Account of plague administration in the Bombay Presidency from September 1896 till May 1897
Year: 1896
Disease focus: Plague
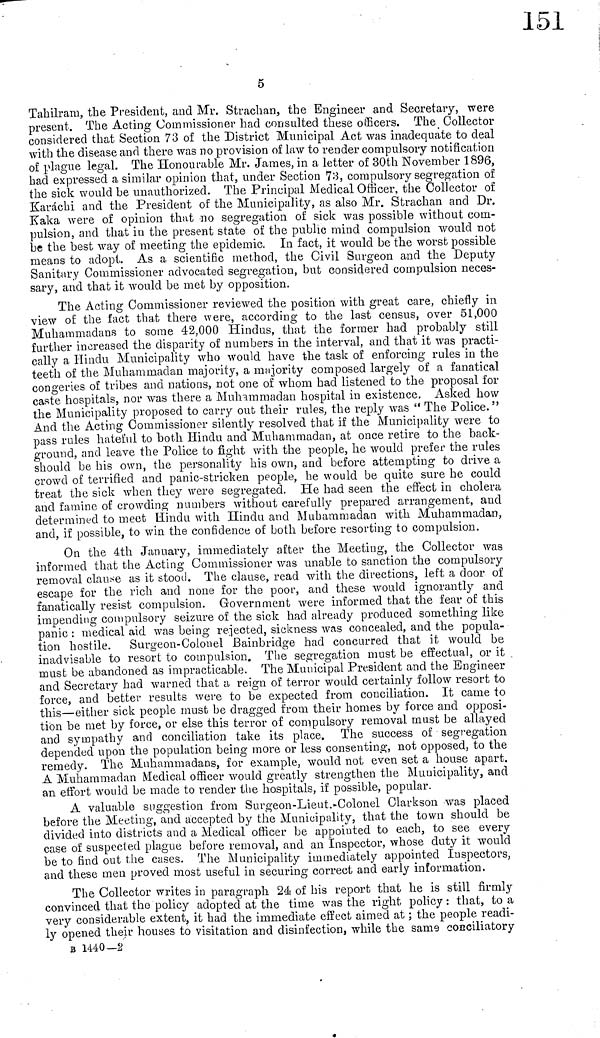
5
Tahilram, the President, and Mr. Strachan, the Engineer and Secretary, were
present. The Acting Commissioner had consulted these officers. The Collector
considered that Section 73 of the District Municipal Act was inadequate to deal
with the disease and there was no provision of law to render compulsory notification
of plague legal. The Honourable Mr. James, in a letter of 30th November 1896,
had expressed a similar opinion that, under Section 73, compulsory segregation of
the sick would be unauthorized. The Principal Medical Officer, the Collector of
Karachi and the President of the Municipality, as also Mr. Strachan and Dr.
Kaka were of opinion that no segregation of sick was possible without com-
pulsion, and that in the present state of the public mind compulsion would not
be the best way of meeting the epidemic. In fact, it would be the worst possible
means to adopt. As a scientific method, the Civil Surgeon and the Deputy
Sanitary Commissioner advocated segregation, but considered compulsion neces-
sary, and that it would be met by opposition.
The Acting Commissioner reviewed the position with great care, chiefly in
view of the fact that there were, according to the last census, over 51,000
Muhammadans to some 42,000 Hindus, that the former had probably still
further increased the disparity of numbers in the interval, and that it was practi-
cally a Hindu Municipality who would have the task of enforcing rules in the
teeth of the Muhammadan majority, a majority composed largely of a fanatical
congeries of tribes and nations, not one of whom had listened to the proposal for
caste hospitals, nor was there a Muhammadan hospital in existence. Asked how
the Municipality proposed to carry out their rules, the reply was " The Police. "
And the Acting Commissioner silently resolved that if the Municipality were to
pass rules hateful to both Hindu and Muhammadan, at once retire to the back-
ground, and leave the Police to fight with the people, he would prefer the rules
should be his own, the personality his own, and before attempting to drive a
crowd of terrified and panic-stricken people, he would be quite sure he could
treat the sick when they were segregated. He had seen the effect in cholera
and famine of crowding numbers without carefully prepared arrangement, and
determined to meet Hindu with Hindu and Muhammadan with Muhammadan,
and, if possible, to win the confidence of both before resorting to compulsion.
On the 4th January, immediately after the Meeting, the Collector was
informed that the Acting Commissioner was unable to sanction the compulsory
removal clause as it stood. The clause, read with the directions, left a door of
escape for the rich and none for the poor, and these would ignorantly and
fanatically resist compulsion. Government were informed that the fear of this
impending compulsory seizure of the sick had already produced something like
panic : medical aid was being rejected, sickness was concealed, and the popula-
tion hostile. Surgeon-Colonel Bainbridge had concurred that it would be
inadvisable to resort to compulsion. The segregation must be effectual, or it
must be abandoned as impracticable. The Municipal President and the Engineer
and Secretary had warned that a reign of terror would certainly follow resort to
force, and better results were to be expected from conciliation. It came to
this—either sick people must be dragged from their homes by force and opposi-
tion be met by force, or else this terror of compulsory removal must be allayed
and sympathy and conciliation take its place. The success of segregation
depended upon the population being more or less consenting, not opposed, to the
remedy. The Muhammadans, for example, would not even set a house apart.
A Muhammadan Medical officer would greatly strengthen the Municipality, and
an effort would be made to render the hospitals, if possible, popular.
A valuable suggestion from Surgeon-Lieut.-Colonel Clarkson was placed
before the Meeting, and accepted by the Municipality, that the town should be
divided into districts and a Medical officer be appointed to each, to see every
case of suspected plague before removal, and an Inspector, whose duty it would
be to find out the cases. The Municipality immediately appointed Inspectors,
and these men proved most useful in securing correct and early information,
The Collector writes in paragraph 24 of his report that he is still firmly
convinced that the policy adopted at the time was the right policy : that, to a
very considerable extent, it had the immediate effect aimed at ; the people readi-
ly opened their houses to visitation and disinfection, while the same conciliatory
B 1440—2